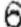
6